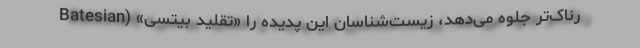
رناک‌تر جلوه می‌دهد، زیست‌شناسان این پدیده را «تقلید بیتسی» (Batesian